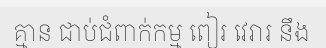
គ្មាន ជាប់ជំពាក់កម្ម ពៀរ វេរារ នឹង